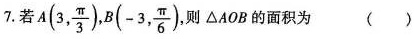
7. 若A(3, \frac{\pi}{3}),B(-3, \frac{\pi}{6}), 则\triangle AOB的面积为 ( )